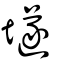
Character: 𡑞